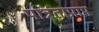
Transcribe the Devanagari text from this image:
पात्रताप्राप्त